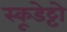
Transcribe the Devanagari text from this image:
स्कूडेट्टो